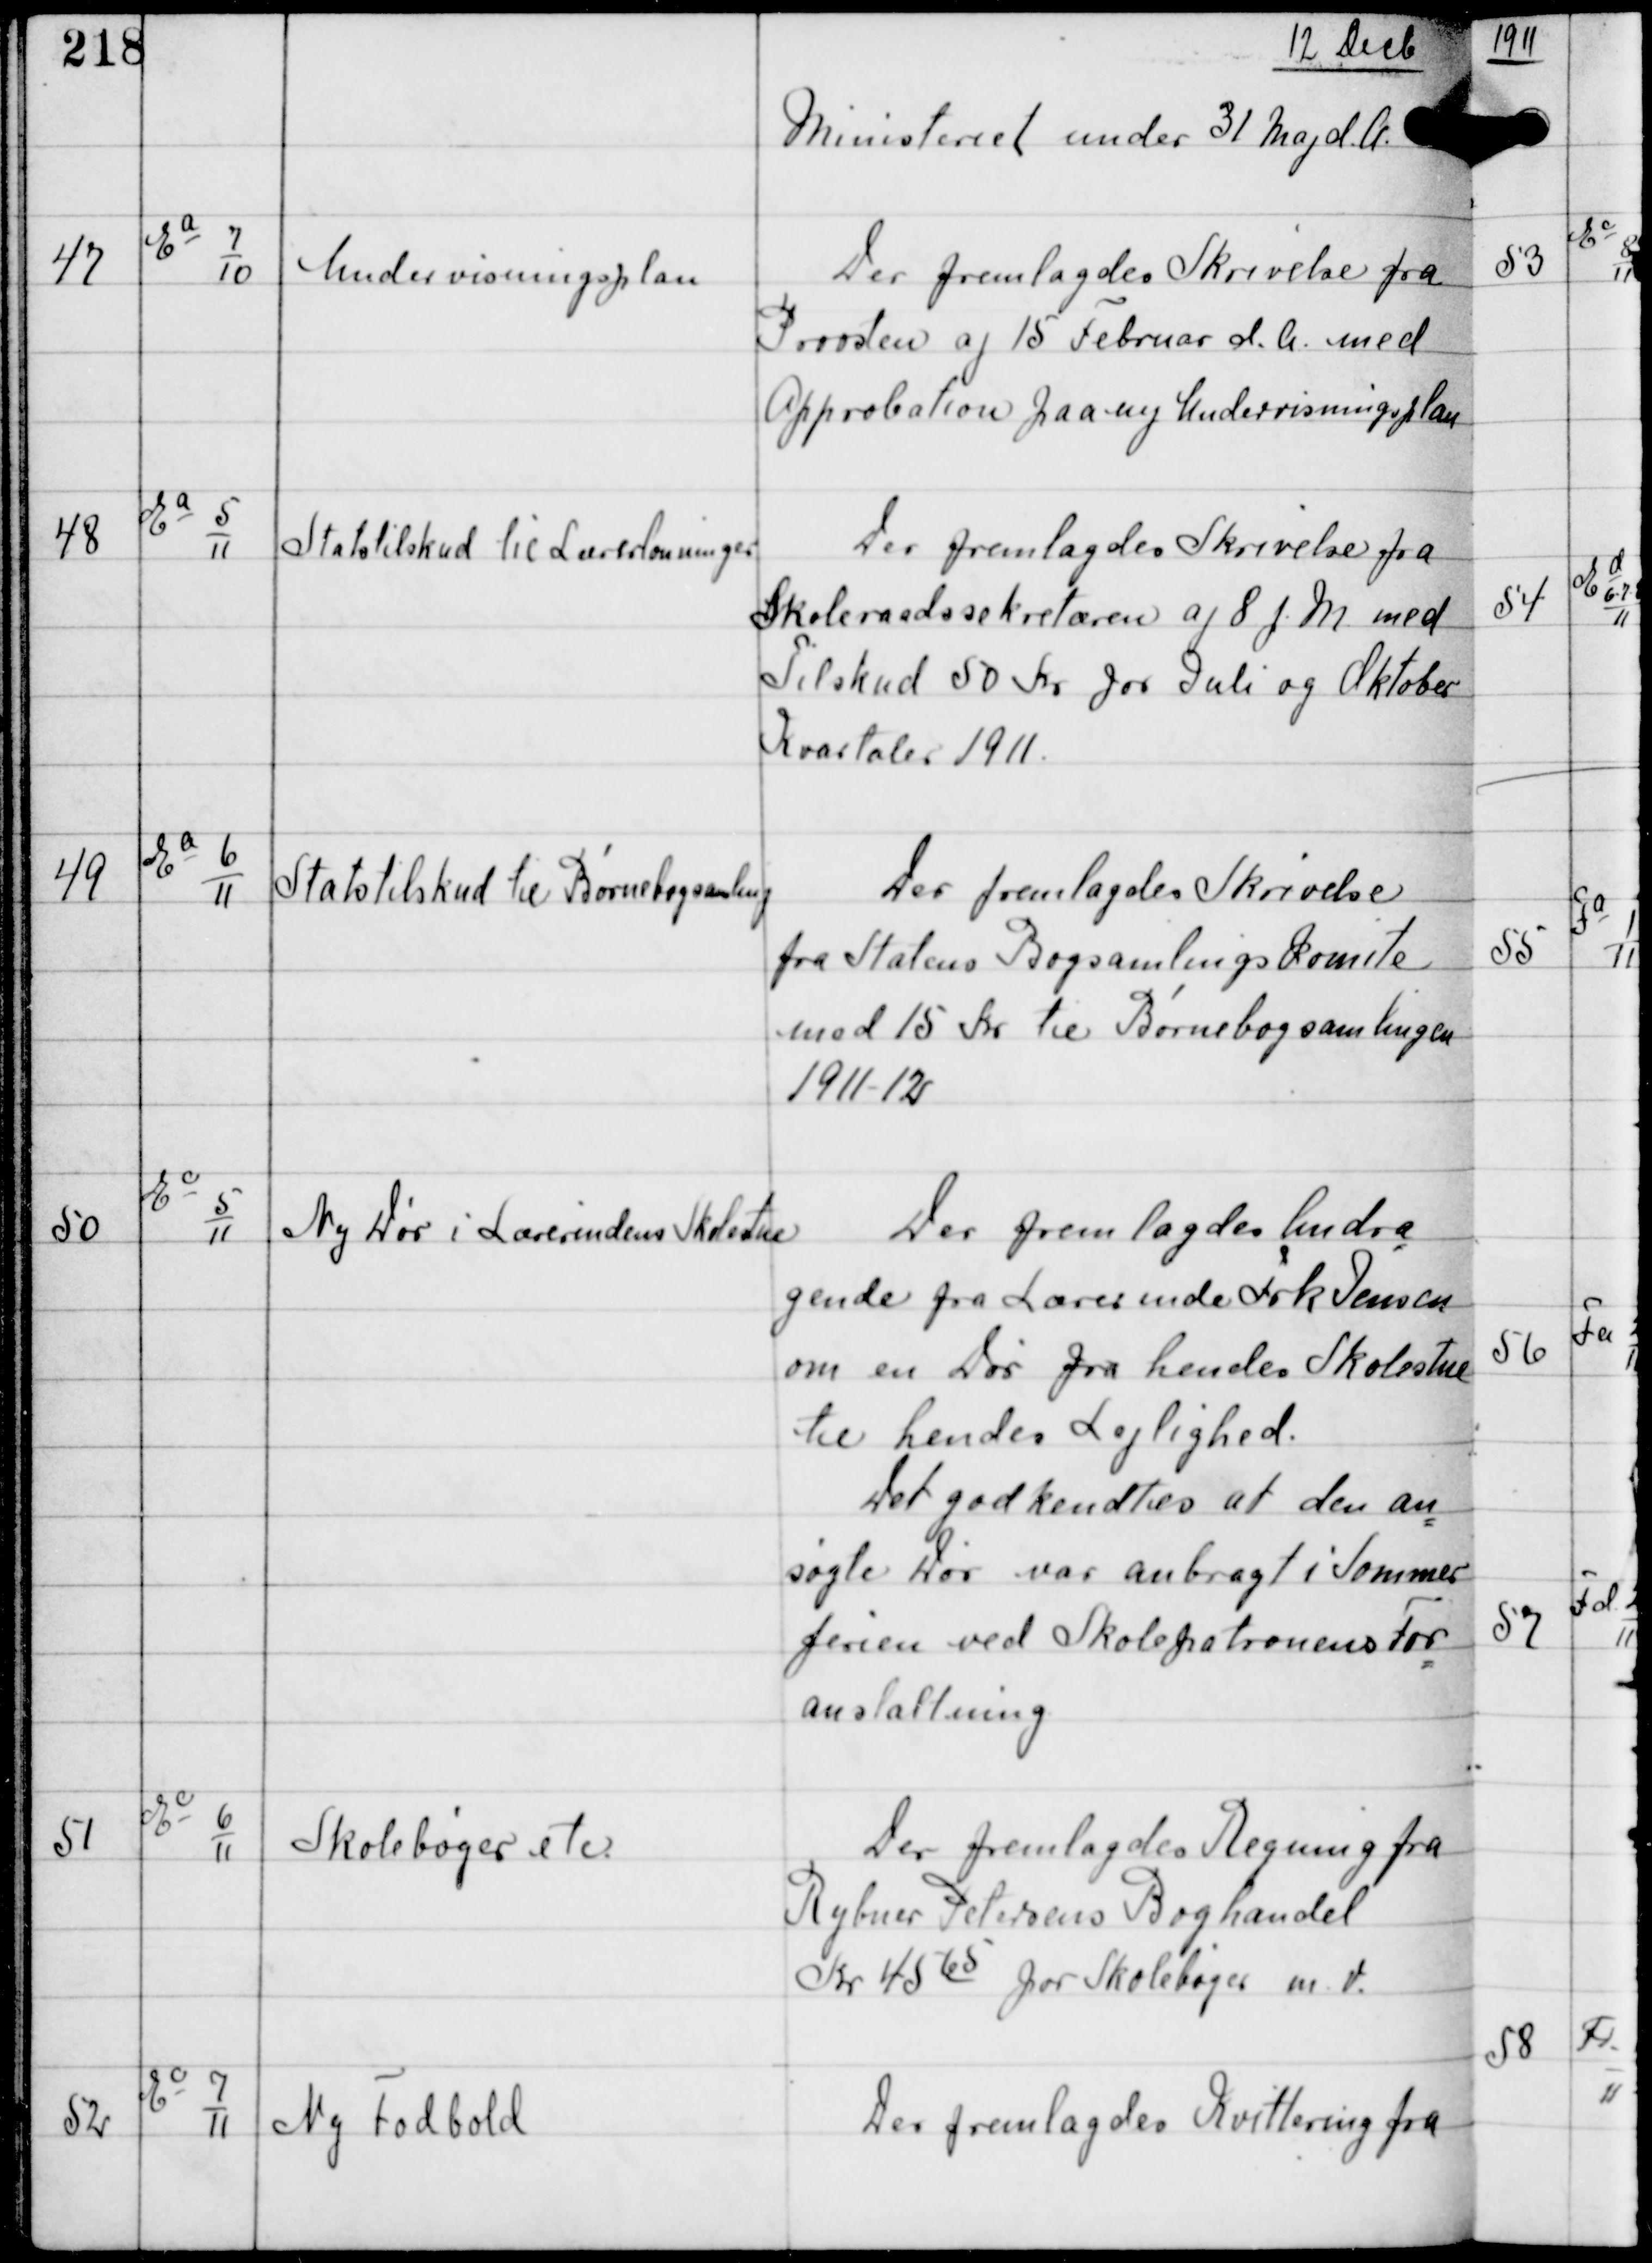
Transskription:
12 Decb

Ministeriet under 31 Maj d.A

47

Ea
7
10

Undervisningsplan

Der fremlagdes Skrivelse fra
Provsten af 15 Februar d.A. med
Approbation paa ny Undervisningsplan

48

Ea
5
11

Statstilskud til Lærerlønninger

Der fremlagdes Skrivelse fra
Skoleraadssekretæren af 8 f.M. med
Tilskud 50 Kr for Juli og Oktober
Kvartaler 1911.

49

Ea
6
11

Statstilskud til Børnebogsamling

Der fremlagdes Skrivelse
fra Statens Bogsamlings Komite
med 15 Kr til Børnebogsamlingen
1911-12

50

Ec
5
11

Ny Dør i Lærerindens Skolestue

Der fremlagdes Andra
gende fra Lærerinde Frk Jensen
om en Dør fra hendes Skolestue
til hendes Lejlighed.
Det godkendtes at den an
søgte Dør var anbragt i Sommer
ferien ved Skolepatronens For
anstaltning

51

Ec
6
11

Skolebøger etc.

Der fremlagdes Regning fra
Rybner Petersens Boghandel
Kr 4565 for Skolebøger m.v.

52

Ec
7
11

Ny Fodbold

Der fremlagdes Kvittering fra